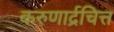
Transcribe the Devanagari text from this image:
करुणार्द्रचित्त